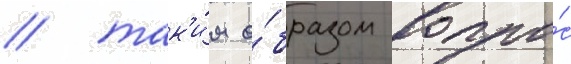
/ так'и́м о́бразом вопро́с